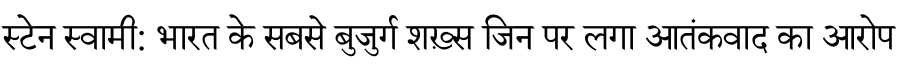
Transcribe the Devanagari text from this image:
स्टेन स्वामी: भारत के सबसे बुजुर्ग शख़्स जिन पर लगा आतंकवाद का आरोप